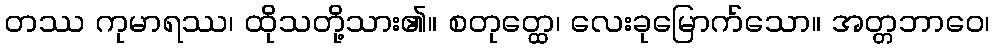
တဿ ကုမာရဿ၊ ထိုသတို့သား၏။ စတုတ္ထေ၊ လေးခုမြောက်သော။ အတ္တဘာဝေ၊